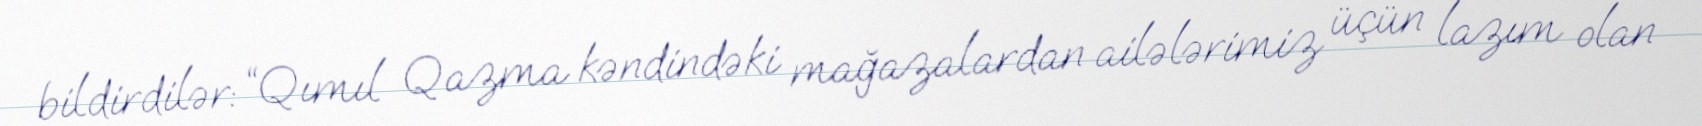
bildirdilər: “Qımıl Qazma kəndindəki mağazalardan ailələrimiz üçün lazım olan